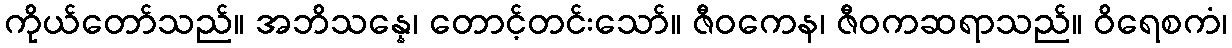
ကိုယ်တော်သည်။ အဘိသန္နေ၊ တောင့်တင်းသော်။ ဇီဝကေန၊ ဇီဝကဆရာသည်။ ဝိရေစကံ၊